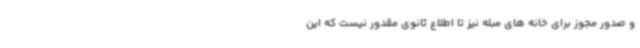
و صدور مجوز برای خانه های مبله نیز تا اطلاع ثانوی مقدور نیست که این